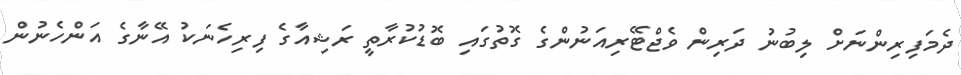
ދެމަފިރިންނަށް ލިބުނު ދަރިން ވެޖްޓޭރިއަނުންގެ ގޮތުގައި ބޮޑުކުރާތީ ރަޝިއާގެ ފިރިހެނަކު އޭނާގެ އަންހެނުން